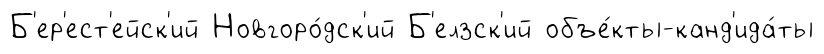
Б'ер'ест'ейск'ий Новгоро́дск'ий Б'елзск'ий объе́кты-канд'ида́ты